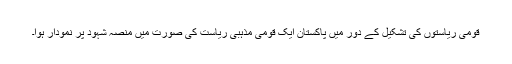
قومی ریاستوں کی تشکیل کے دور میں پاکستان ایک قومی مذہبی ریاست کی صورت میں منصہ شہود پر نمودار ہوا۔